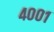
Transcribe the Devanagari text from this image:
४००१